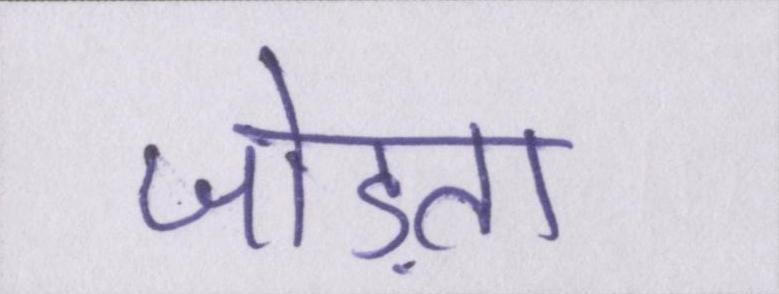
जोड़ता